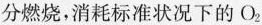
分燃烧，消耗标准状况下的O_{2}